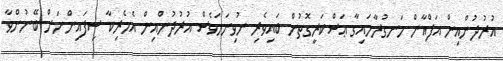
އުރުދުންއިން އަފްޣާން ހަނގުރާމައިގާ ޢަސްކަރީގޮތުން ބައިވެރި ނުވިނަމަވެސް އުރުދުންއިން އެމެރިކާ ސިފައިންނަށް ބޭނުންވާ